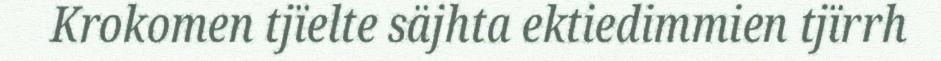
Krokomen tjïelte säjhta ektiedimmien tjïrrh